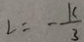
L = - \frac { k } { 3 }